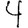
Digit: 4